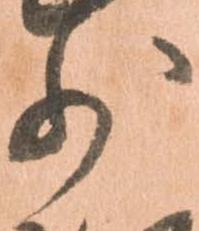
少